system: You are a helpful assistant.
user:
Analyze the provided spectrum to determine if it is a **M-type Giant (gM)**.

A M-type Giant spectrum is defined by its **strong molecular absorption** features, particularly from **Titanium Oxide (TiO)**. You must check for one of the following mutually exclusive signatures:

- **Key Visual Indicators (Absorption-Dominated Spectrum):**

    - **(Primary):** The spectrum is dominated by strong molecular absorption from **Titanium Oxide (TiO)**. This is the **defining feature** of its M-type temperature class.
        - **(Key Bandheads):** Look for sharp, "saw-tooth" absorption valleys. The strongest are located near **~7050 Å**, **~6160 Å**, and **~5170 Å**.
        - **(Line Profile):** The "saw-tooth" morphology is critical: a **sharp, steep drop on the BLUE (short-wavelength) side** of the bandhead, followed by a gradual recovery (rising flux) towards the RED (long-wavelength) side.

    - **(Key Confirmation - Giant vs. Dwarf):** **ABSENCE** of strong **Calcium Hydride (CaH)** molecular bands. This is the primary diagnostic for *excluding* M-dwarfs.
        - **(Key Region):** The spectrum should lack the strong, broad absorption band seen in dwarfs between **~6800 Å and ~7000 Å**.

    - **(Secondary Confirmation - Giant):** A very strong and broad **Neutral Calcium (Ca I)** atomic absorption line.
        - **(Key Line):** Located at **~4226 Å**. In a giant (gM), this line is significantly deeper and broader than the same line in an M-dwarf (dM) due to low surface gravity.

    - **(Overall Spectrum):**
        - The continuum is **extremely red-sloping** (i.e., flux is very low in the blue and rises dramatically towards the red).
        - The entire spectrum appears "chopped up" by the deep TiO bands.

Think first, call **spectral_visualization_tool** if needed to examine features in detail, then provide your final answer. Your response must adhere to the following strict rules:
1.  **Overall Structure:** Your response must follow the format `<think>...</think> <tool_call>...</tool_call> (if a tool is used) <answer>...</answer>`.
2.  **Tool Usage Constraint:** You may only make **one** tool call per turn.
3.  **Final Answer Format:** In the `<answer>` tag, your conclusion must be inside a `\boxed{}` command (e.g., `\boxed{YES}` or `\boxed{NO}`), followed by your justification.

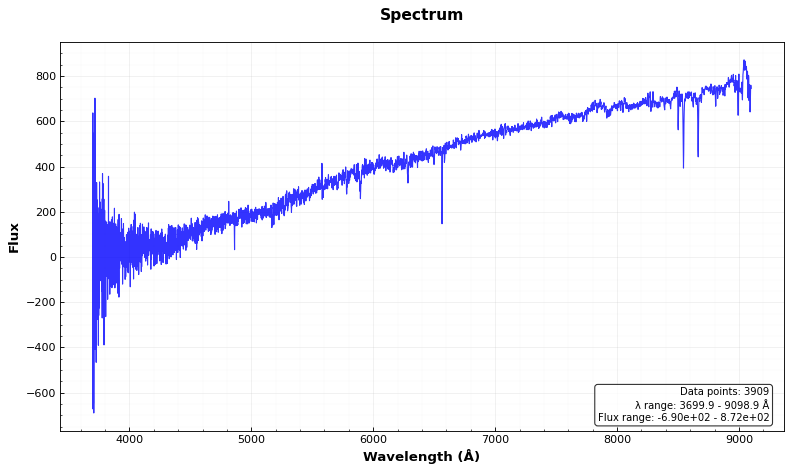
Answer: NO